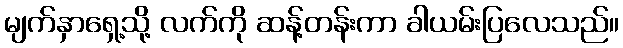
မျက်နှာရှေ့သို့ လက်ကို ဆန့်တန်းကာ ခါယမ်းပြလေသည်။